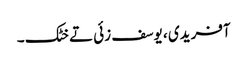
آفریدی ، یوسف زئی تے خٹک ۔